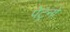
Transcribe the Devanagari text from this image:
पेट्रनों